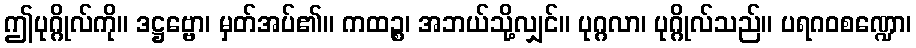
ဤပုဂ္ဂိုလ်ကို။ ဒဋ္ဌဗ္ဗော၊ မှတ်အပ်၏။ ကထဉ္စ၊ အဘယ်သို့လျှင်။ ပုဂ္ဂလာ၊ ပုဂ္ဂိုလ်သည်။ ပရဂဝစဏ္ဍော၊